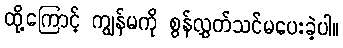
ထို့ကြောင့် ကျွန်မကို စွန်လွှတ်သင်မပေးခဲ့ပါ။